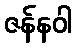
ဇန်နဝါ